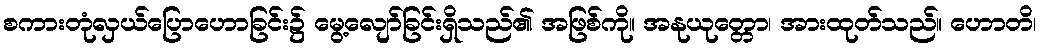
စကားတုံလှယ်ပြောဟောခြင်း၌ မွေ့လျော်ခြင်းရှိသည်၏ အဖြစ်ကို။ အနုယုတ္တော၊ အားထုတ်သည်။ ဟောတိ၊